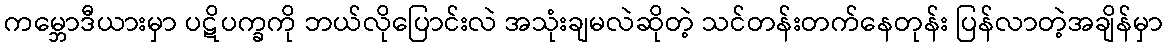
ကမ္ဘောဒီယားမှာ ပဋိပက္ခကို ဘယ်လိုပြောင်းလဲ အသုံးချမလဲဆိုတဲ့ သင်တန်းတက်နေတုန်း ပြန်လာတဲ့အချိန်မှာ